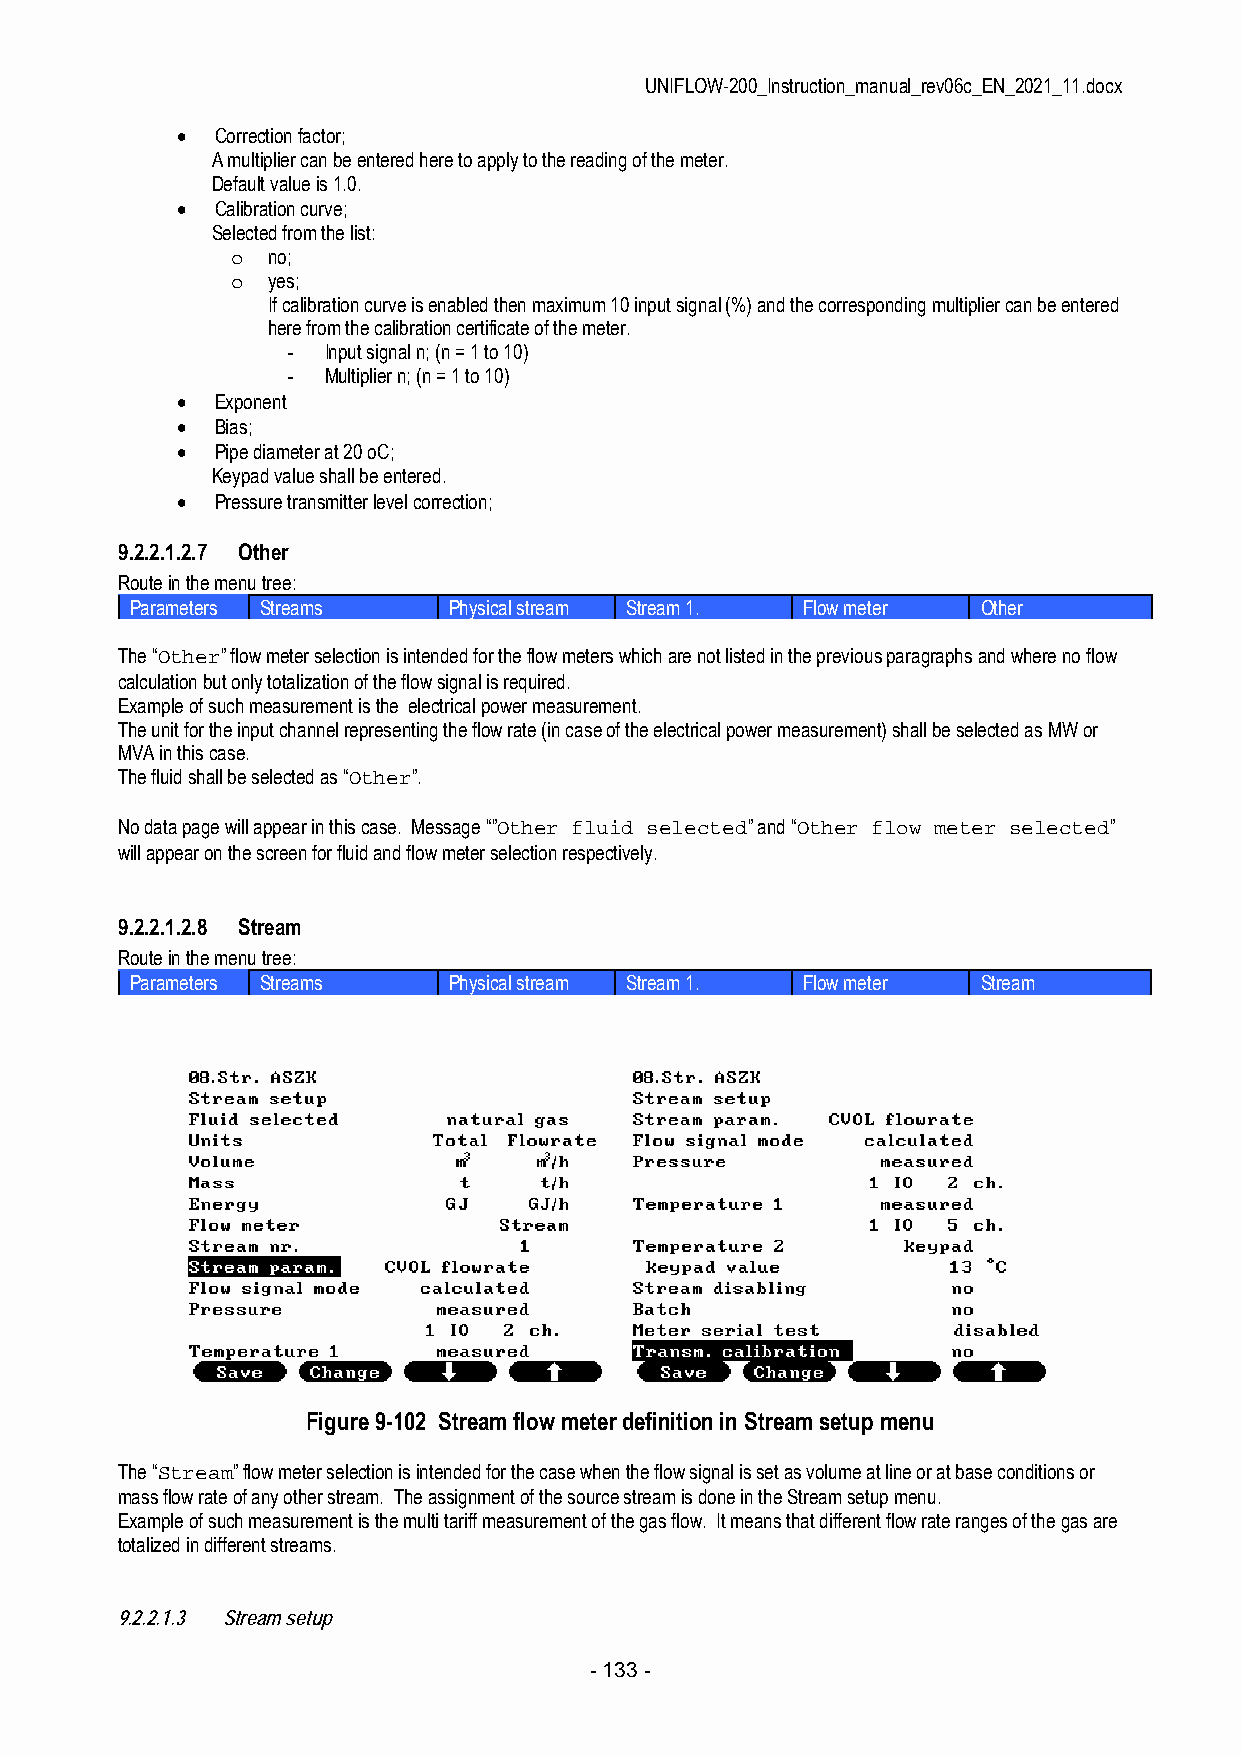
UNIFLOW-200_Instruction_manual_rev06c_EN_2021_11.docx
  Correction factor;
 A multiplier can be entered here to apply to the reading of the meter.
 Default value is 1.0.
  Calibration curve;
 Selected from the list:
 o  no;
 o  yes;
 If calibration curve is enabled then maximum 10 input signal (%) and the corresponding multiplier can be entered
 here from the calibration certificate of the meter.
 - Input signal n; (n = 1 to 10)
 - Multiplier n; (n = 1 to 10)
  Exponent
  Bias;
  Pipe diameter at 20 oC;
 Keypad value shall be entered.
  Pressure transmitter level correction;
 9.2.2.1.2.7 Other
 Route in the menu tree:
 Parameters Streams   Physical stream Stream 1. Flow meter Other
 The “Other” flow meter selection is intended for the flow meters which are not listed in the previous paragraphs and where no flow
 calculation but only totalization of the flow signal is required.
 Example of such measurement is the electrical power measurement.
 The unit for the input channel representing the flow rate (in case of the electrical power measurement) shall be selected as MW or
 MVA in this case.
 The fluid shall be selected as “Other”.
 No data page will appear in this case. Message “”Other fluid selected” and “Other flow meter selected”
 will appear on the screen for fluid and flow meter selection respectively.
 9.2.2.1.2.8 Stream
 Route in the menu tree:
 Parameters Streams   Physical stream Stream 1. Flow meter Stream
 Figure 9-102 Stream flow meter definition in Stream setup menu
 The “Stream” flow meter selection is intended for the case when the flow signal is set as volume at line or at base conditions or
 mass flow rate of any other stream. The assignment of the source stream is done in the Stream setup menu.
 Example of such measurement is the multi tariff measurement of the gas flow. It means that different flow rate ranges of the gas are
 totalized in different streams.
 9.2.2.1.3 Stream setup
 - 133 -